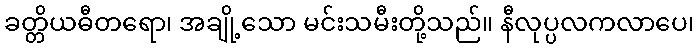
ခတ္တိယဓီတရော၊ အချို့သော မင်းသမီးတို့သည်။ နီလုပ္ပလကလာပေ၊